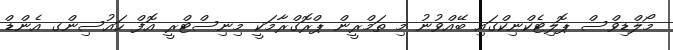
މޯލްޑިވްސް ޕޮލިޓެކްނިކްގައި ބޭއްވުނު މި ތަމްރީން ޕްރޮގްރާމަކީ މިނިސްޓްރީ އޮފް ހައުސިންގ އެންޑް